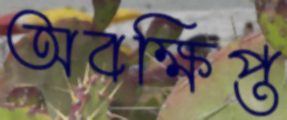
অবক্ষিপ্ত